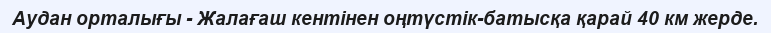
Аудан орталығы - Жалағаш кентінен оңтүстік-батысқа қарай 40 км жерде.